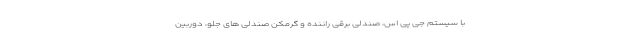
با سیستم جی پی اس، صندلی برقی راننده و گرمکن صندلی های جلو، دوربین